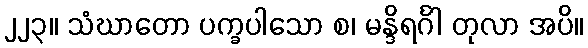
၂၂၃။ သံဃာတော ပက္ခပါသော စ၊ မန္ဒိရင်္ဂါ တုလာ အပိ။